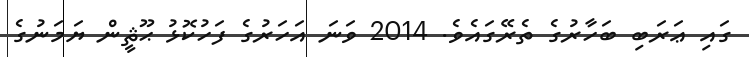
ގައި ޢަރަބި ބަހާރުގެ ތެރޭގައެވެ. 2014 ވަނަ އަހަރުގެ ފަހުކޮޅު ޙޫޘީން ޔަމަނުގެ